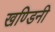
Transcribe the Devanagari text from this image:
खण्डिनी